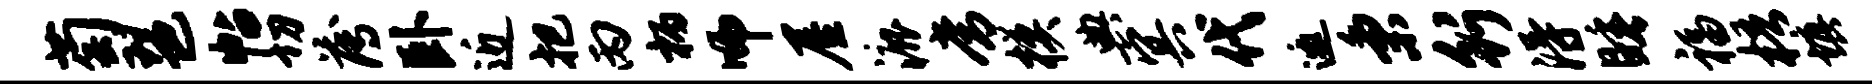
萄琶帖切薄卧近把丙柄师屋漉常模典冥代邀秉行得睡福梧填